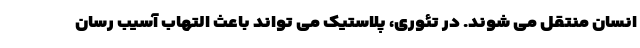
انسان منتقل می شوند. در تئوری، پلاستیک می تواند باعث التهاب آسیب رسان